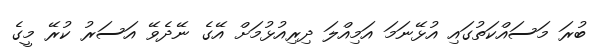
ބުރަ މަސައްކަތުގައި އުޅޭނަމަ އަމިއްލަ ދިިރިއުޅުމަށް އޭގެ ނޭދެވޭ އަސަރު ކުރޭ މީގެ